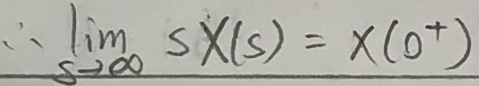
\(\therefore\lim_{s \to \infty} sX(s)=x(0^{+})\)